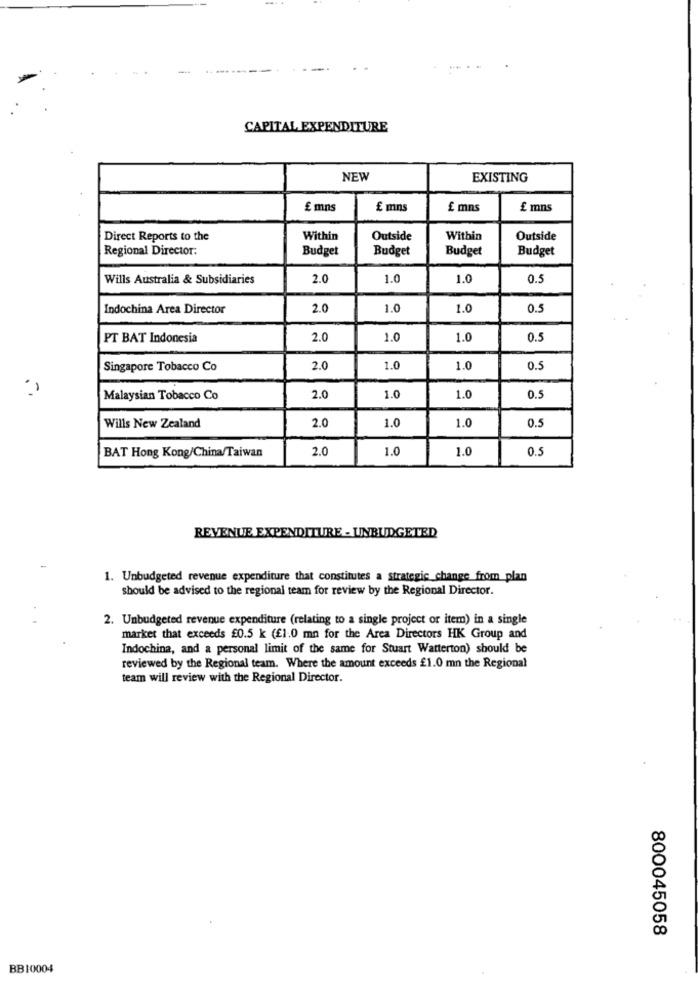
CAPITAL EXPENDITURE
NEW
EXISTING
£ mns
£ mns
£ mns
£ mns
Direct Reports to the
Within
Outside
Within
Outside
Regional Director:
Budget
Budget
Budget
Budget
Wills Australia & Subsidiaries
2.0
1.0
1.0
0.5
Indochina Area Director
2.0
1.0
1.0
0.5
PT BAT Indonesia
2.0
1.0
1.0
0.5
Singapore Tobacco Co
2.0
1.0
1.0
0.5
Malaysian Tobacco Co
2.0
1.0
1.0
0.5
1.0
0.5
Wills New Zealand
2.0
1.0
BAT Hong Kong/China/Taiwan
2.0
1.0
1.0
0.5
REVENUE EXPENDITURE - UNBUDGETED
1. Unbudgeted revenue expenditure that constitutes a strategic change from plan
should be advised to the regional team for review by the Regional Director.
2. Unbudgeted revenue expenditure (relating to a single project or item) in a single
market that exceeds £0.5 k (£1.0 mn for the Area Directors HK Group and
Indochina, and a personal limit of the same for Stuart Watterton) should be
reviewed by the Regional team. Where the amount exceeds £1.0 mn the Regional
team will review with the Regional Director.
800045058
BB10004